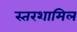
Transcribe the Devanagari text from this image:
स्तरशामिल